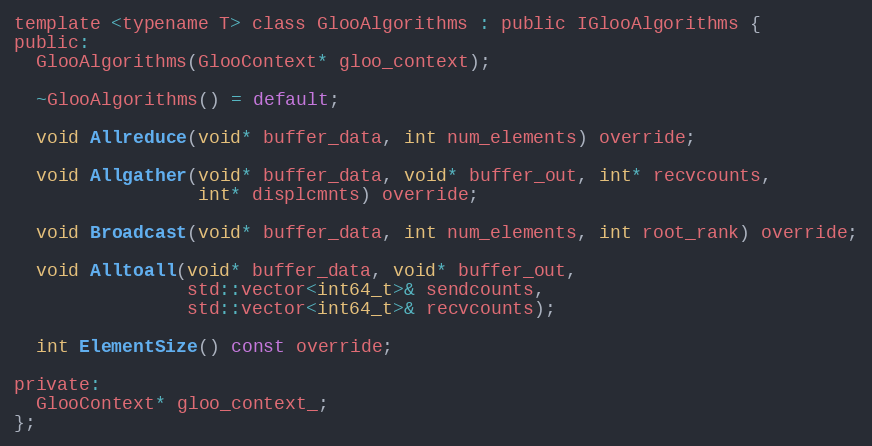
Language: C
template <typename T> class GlooAlgorithms : public IGlooAlgorithms {
public:
  GlooAlgorithms(GlooContext* gloo_context);

  ~GlooAlgorithms() = default;

  void Allreduce(void* buffer_data, int num_elements) override;

  void Allgather(void* buffer_data, void* buffer_out, int* recvcounts,
                 int* displcmnts) override;

  void Broadcast(void* buffer_data, int num_elements, int root_rank) override;

  void Alltoall(void* buffer_data, void* buffer_out,
                std::vector<int64_t>& sendcounts,
                std::vector<int64_t>& recvcounts);

  int ElementSize() const override;

private:
  GlooContext* gloo_context_;
};